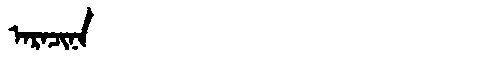
Manchu: ᠠᡵᠠᠴᡳᠨᠠ
Romanization: ARACINA